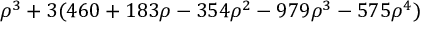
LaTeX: \rho ^ { 3 } + 3 ( 4 6 0 + 1 8 3 \rho - 3 5 4 \rho ^ { 2 } - 9 7 9 \rho ^ { 3 } - 5 7 5 \rho ^ { 4 } )